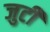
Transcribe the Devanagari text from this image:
जुटीं